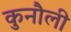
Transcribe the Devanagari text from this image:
कुनौली